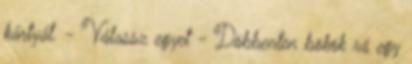
kártyát. - Válassz egyet - Döbbenten bökök rá egy